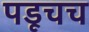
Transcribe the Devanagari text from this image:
पडूचच